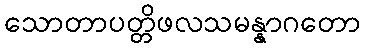
သောတာပတ္တိဖလသမန္နာဂတော